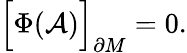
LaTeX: \Bigr[\Phi({\cal A})\Bigr]_{\partial M}=0.